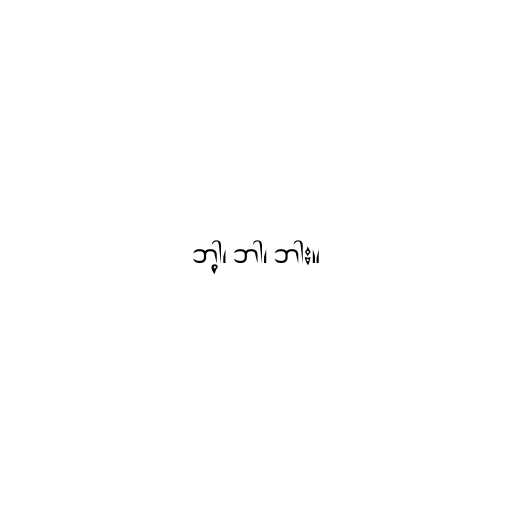
ဘါ့၊ ဘါ၊ ဘါး။